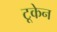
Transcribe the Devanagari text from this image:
टूकेन